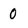
Character: 0